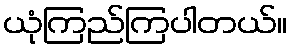
ယုံကြည်ကြပါတယ်။